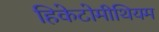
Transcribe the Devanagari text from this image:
हिकेटोमीथियम